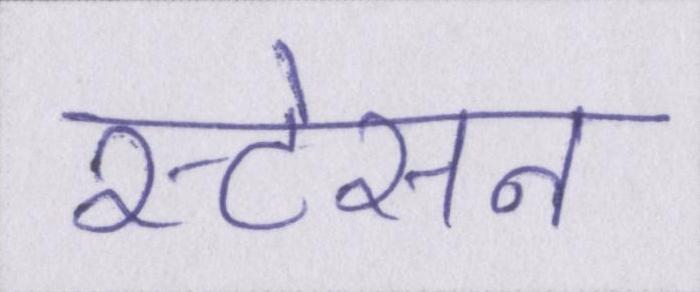
स्टेसन